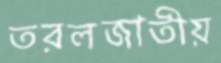
তরলজাতীয়